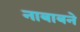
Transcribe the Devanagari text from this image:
नाबाबने